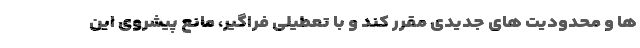
ها و محدودیت های جدیدی مقرر کند و با تعطیلی فراگیر، مانع پیشروی این